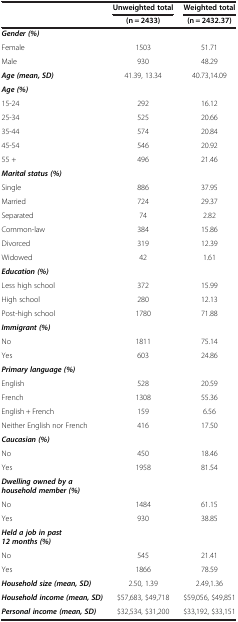
<table><thead><tr><td><b> </b></td><td><b>Unweighted total</b></td><td><b>Weighted total</b></td></tr><tr><td><b> </b></td><td><b>(n = 2433)</b></td><td><b>(n = 2432.37)</b></td></tr></thead><tbody><tr><td><b><i>Gender (%)</i></b></td><td> </td><td> </td></tr><tr><td>Female</td><td>1503</td><td>51.71</td></tr><tr><td>Male</td><td>930</td><td>48.29</td></tr><tr><td><b><i>Age (mean, SD)</i></b></td><td>41.39, 13.34</td><td>40.73,14.09</td></tr><tr><td><b><i>Age (%)</i></b></td><td> </td><td> </td></tr><tr><td>15-24</td><td>292</td><td>16.12</td></tr><tr><td>25-34</td><td>525</td><td>20.66</td></tr><tr><td>35-44</td><td>574</td><td>20.84</td></tr><tr><td>45-54</td><td>546</td><td>20.92</td></tr><tr><td>55 +</td><td>496</td><td>21.46</td></tr><tr><td><b><i>Marital status (%)</i></b></td><td> </td><td> </td></tr><tr><td>Single</td><td>886</td><td>37.95</td></tr><tr><td>Married</td><td>724</td><td>29.37</td></tr><tr><td>Separated</td><td>74</td><td>2.82</td></tr><tr><td>Common-law</td><td>384</td><td>15.86</td></tr><tr><td>Divorced</td><td>319</td><td>12.39</td></tr><tr><td>Widowed</td><td>42</td><td>1.61</td></tr><tr><td><b><i>Education (%)</i></b></td><td> </td><td> </td></tr><tr><td>Less high school</td><td>372</td><td>15.99</td></tr><tr><td>High school</td><td>280</td><td>12.13</td></tr><tr><td>Post-high school</td><td>1780</td><td>71.88</td></tr><tr><td><b><i>Immigrant (%)</i></b></td><td> </td><td> </td></tr><tr><td>No</td><td>1811</td><td>75.14</td></tr><tr><td>Yes</td><td>603</td><td>24.86</td></tr><tr><td><b><i>Primary language (%)</i></b></td><td> </td><td> </td></tr><tr><td>English</td><td>528</td><td>20.59</td></tr><tr><td>French</td><td>1308</td><td>55.36</td></tr><tr><td>English + French</td><td>159</td><td>6.56</td></tr><tr><td>Neither English nor French</td><td>416</td><td>17.50</td></tr><tr><td><b><i>Caucasian (%)</i></b></td><td> </td><td> </td></tr><tr><td>No</td><td>450</td><td>18.46</td></tr><tr><td>Yes</td><td>1958</td><td>81.54</td></tr><tr><td><b><i>Dwelling owned by a household member (%)</i></b></td><td> </td><td> </td></tr><tr><td>No</td><td>1484</td><td>61.15</td></tr><tr><td>Yes</td><td>930</td><td>38.85</td></tr><tr><td><b><i>Held a job in past 12 months (%)</i></b></td><td> </td><td> </td></tr><tr><td>No</td><td>545</td><td>21.41</td></tr><tr><td>Yes</td><td>1866</td><td>78.59</td></tr><tr><td><b><i>Household size (mean, SD)</i></b></td><td>2.50, 1.39</td><td>2.49,1.36</td></tr><tr><td><b><i>Household income (mean, SD)</i></b></td><td>$57,683, $49,718</td><td>$59,056, $49,851</td></tr><tr><td><b><i>Personal income (mean, SD)</i></b></td><td>$32,534, $31,200</td><td>$33,192, $33,151</td></tr></tbody></table>